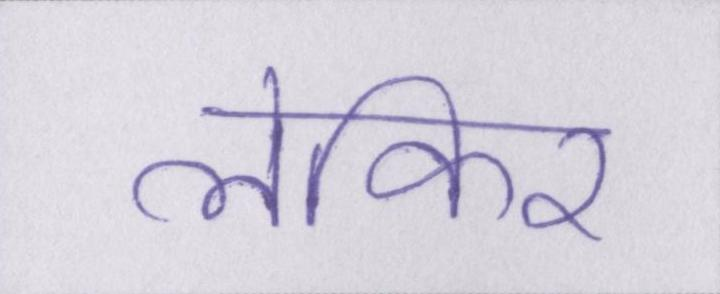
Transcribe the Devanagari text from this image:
लेकिर